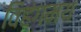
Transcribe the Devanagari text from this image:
विहंगमय